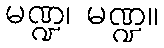
မဏ္ဍ၊ မဏ္ဍ။